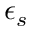
\epsilon _ { s }